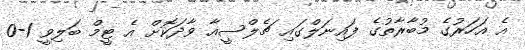
އެ އަހަރުގެ މުބާރާތުގެ ފައިނަލްގައި ޗެލްސީއާ ވާދަކޮށް އެ ޓީމް ބަލިވީ 1-0